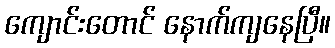
ကျောင်းတောင် နောက်ကျနေပြီ။